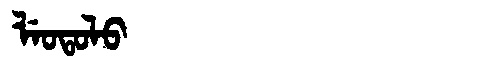
Manchu: ᠯᡝᠣᡨᠣᠯᠣ
Romanization: LEOTOLO